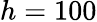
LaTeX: h=100